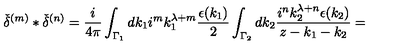
{ \check { \delta } } ^ { ( m ) } \ast { \check { \delta } } ^ { ( n ) } = \frac { i } { 4 \pi } \int _ { { \Gamma } _ { 1 } } d k _ { 1 } i ^ { m } k _ { 1 } ^ { \lambda + m } \frac { \epsilon ( k _ { 1 } ) } { 2 } \int _ { { \Gamma } _ { 2 } } d k _ { 2 } \frac { i ^ { n } k _ { 2 } ^ { \lambda + n } \epsilon ( k _ { 2 } ) } { z - k _ { 1 } - k _ { 2 } } =